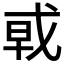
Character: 𰒩